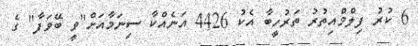
6 ކުރު ފިލްމްއިތުރު ތަރުހީބާ އެކު 4426 އަނެއްކާ ސިނަމާއަށް"ވީ ބޭވަފާ" ގެ